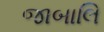
જાબાલિ